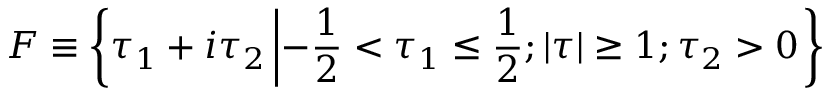
{ \cal F } \equiv \left\{ \tau _ { 1 } + i \tau _ { 2 } \left| - \frac { 1 } { 2 } < \tau _ { 1 } \leq \frac { 1 } { 2 } ; \vert \tau \vert \geq 1 ; \tau _ { 2 } > 0 \right. \right\}